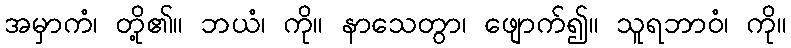
အမှာကံ၊ တို့၏။ ဘယံ၊ ကို။ နာသေတွာ၊ ဖျောက်၍။ သူရဘာဝံ၊ ကို။